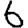
Digit: 6